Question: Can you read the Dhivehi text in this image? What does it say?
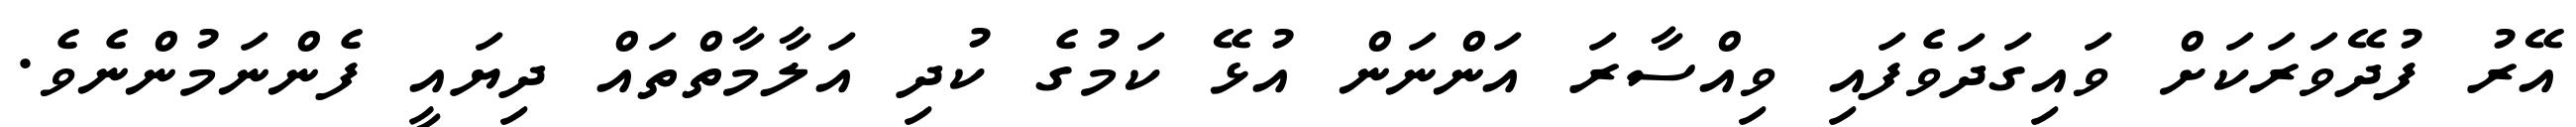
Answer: އޭރު ފުދޭވަރަކަށް ވައިގަދަވެފައި ވިއްސާރަ އަންނަން އުޅޭ ކަމުގެ ކުދި އަލާމާތްތައް ދިޔައީ ފެންނަމުންނެވެ.